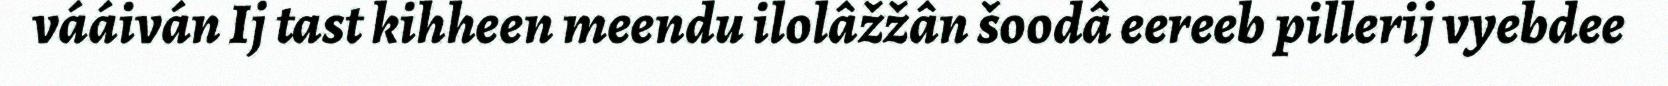
vááiván Ij tast kihheen meendu ilolâžžân šoodâ eereeb pillerij vyebdee